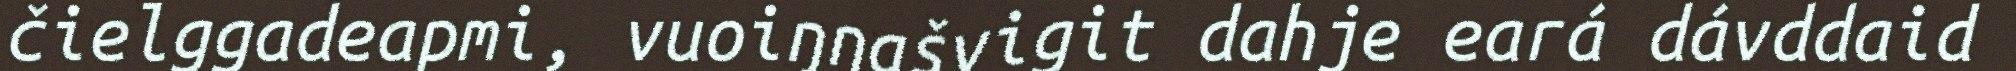
čielggadeapmi, vuoiŋŋašvigit dahje eará dávddaid